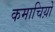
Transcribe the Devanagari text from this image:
कमाचिय़ों